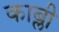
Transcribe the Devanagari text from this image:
काब्ली